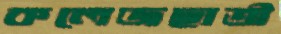
কলেজছাত্রী